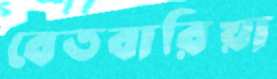
বেতবারিয়া